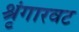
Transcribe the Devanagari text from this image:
श्रृंगारवट